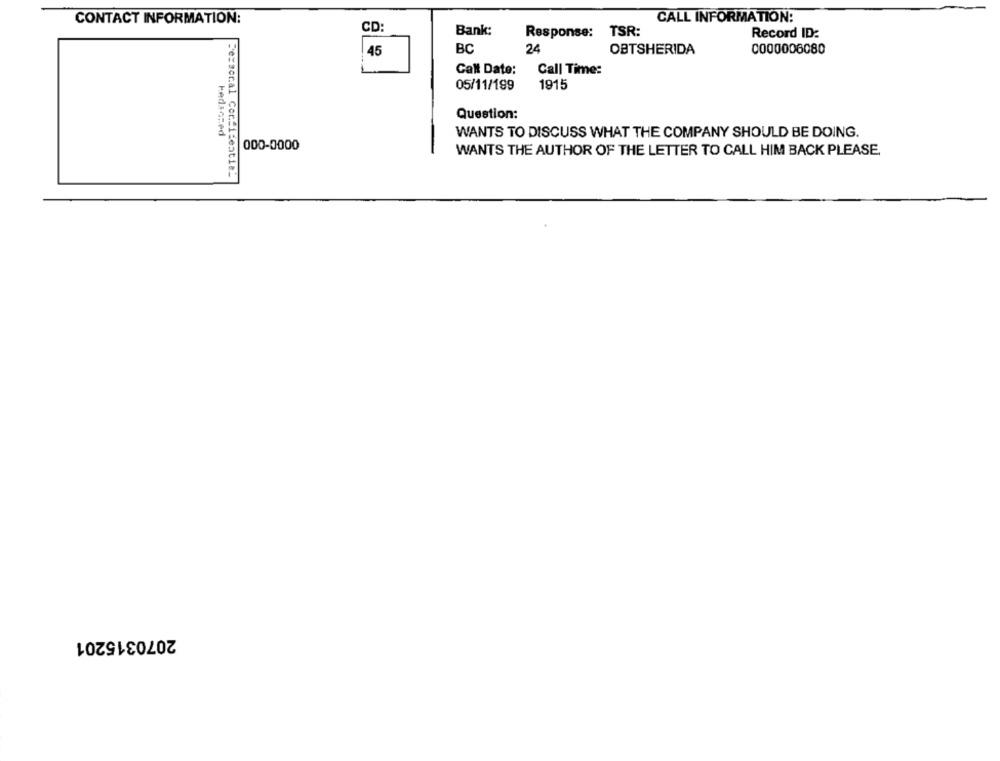
CONTACT INFORMATION:
CALL INFORMATION:
CD:
Bank:
Response: TSR:
Record ID:
45
BC
24
OBTSHERIDA
0000006080
Call Date:
Call Time:
05/11/199
1915
Question:
kedsozed
WANTS TO DISCUSS WHAT THE COMPANY SHOULD BE DOING.
000-0000
WANTS THE AUTHOR OF THE LETTER TO CALL HIM BACK PLEASE,
Persoral Confidentiel
2070315201